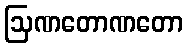
ဩဏတောဏတော